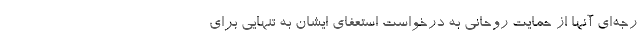
رجه‌ای آنها از حمایت روحانی به درخواست استعفای ایشان به تنهایی برای